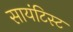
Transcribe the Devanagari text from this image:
सायंटिस्ट